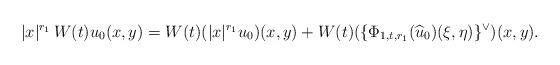
LaTeX: \begin{align*} |x|^{r_1} \,W(t) u_0(x,y)= W(t)(|x|^{r_1} u_0)(x,y) + W(t) (\{ \Phi_{1,t,r_1}(\widehat u_0)(\xi,\eta)\}^{\lor})(x,y). \end{align*}